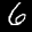
Label: 6